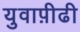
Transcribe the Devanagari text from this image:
युवाप़ीढी